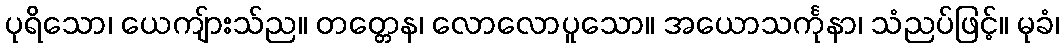
ပုရိသော၊ ယေကျ်ားသ်ည။ တတ္တေန၊ လောလောပူသော။ အယောသင်္ကုနာ၊ သံညပ်ဖြင့်။ မုခံ၊